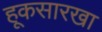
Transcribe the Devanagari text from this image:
हूकसारखा